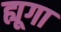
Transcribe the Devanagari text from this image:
ह्यूगा